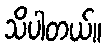
သိပါတယ်။